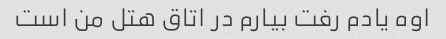
اوه یادم رفت بیارم در اتاق هتل من است